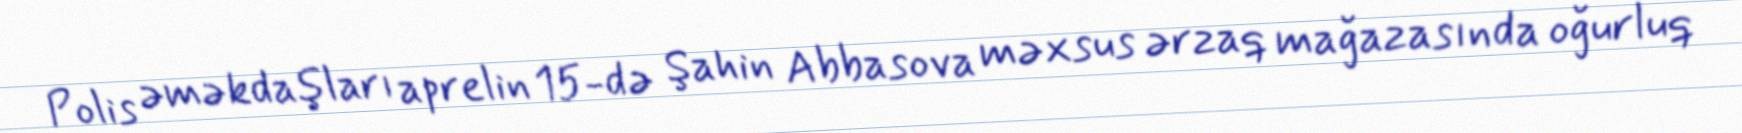
Polis əməkdaşları aprelin 15-də Şahin Abbasova məxsus ərzaq mağazasında oğurluq